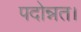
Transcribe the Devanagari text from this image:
पदोन्नत।